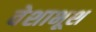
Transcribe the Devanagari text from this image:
वेशाभूश